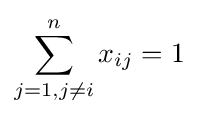
\sum _{j=1,j\neq i}^{n}x_{ij}=1